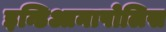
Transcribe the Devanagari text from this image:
इन्डिआनापोलिस